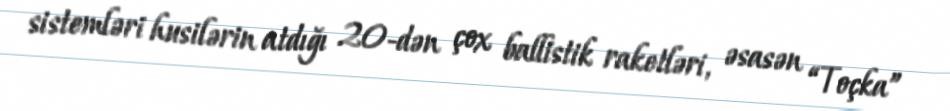
sistemləri husilərin atdığı 20-dən çox ballistik raketləri, əsasən “Toçka”